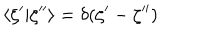
LaTeX: \langle \zeta ^ { \prime } | \zeta ^ { \prime \prime } \rangle = \delta ( \zeta ^ { \prime } - \zeta ^ { \prime \prime } )